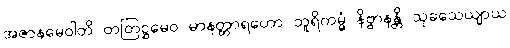
အဇာနမေဝါတိ တတြဋ္ဌမေဝ မာနတ္တာရဟော ဘူရိကမ္မံ နိဗ္ဗာနန္တိ သုခသေယျာယ